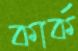
কার্ক